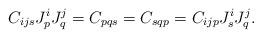
LaTeX: \begin{align*}C_{ijs} J^i_p J^j_q=C_{pqs}=C_{sqp} = C_{ijp} J^i_s J^j_q.\end{align*}